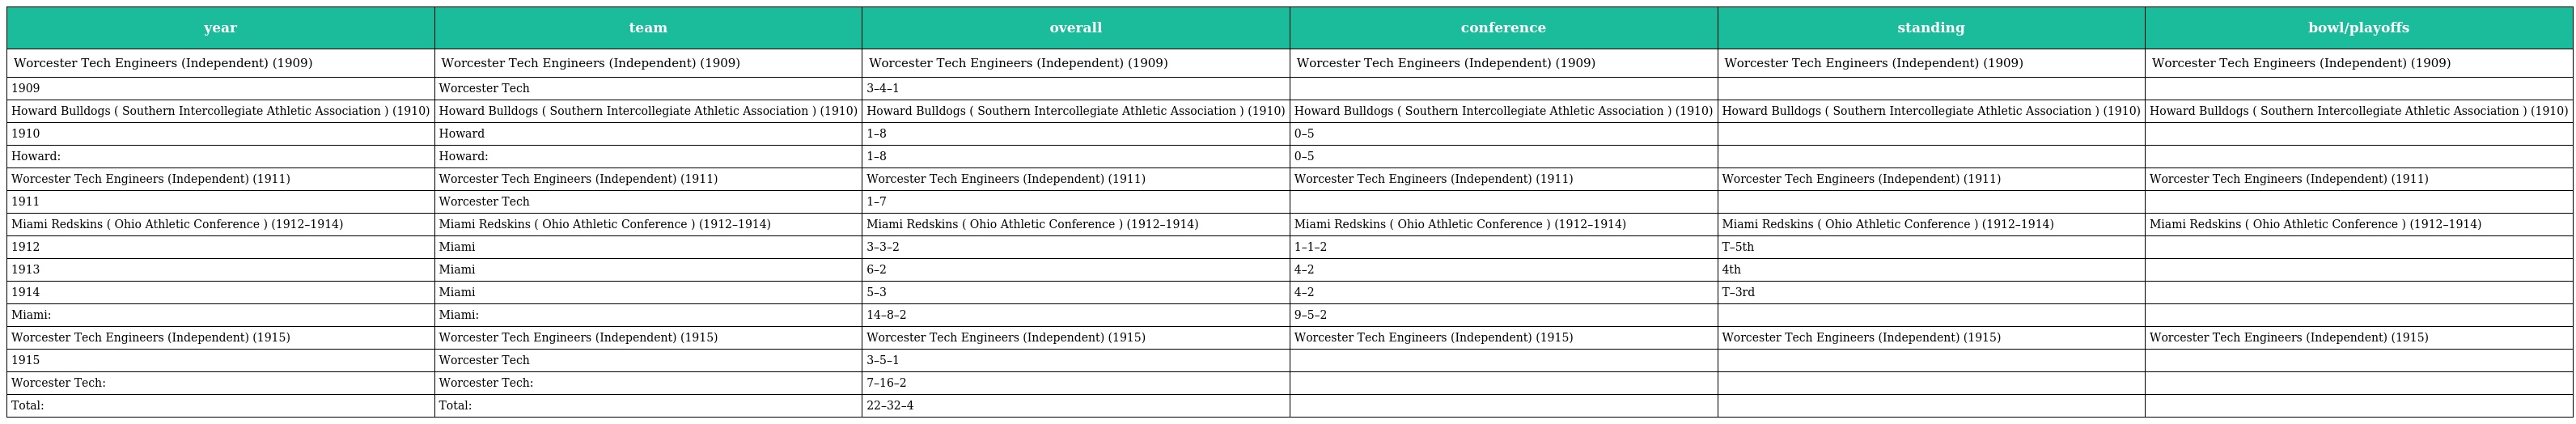
| year | team | overall | conference | standing | bowl/playoffs |
 | --- | --- | --- | --- | --- | --- |
 | Worcester Tech Engineers (Independent) (1909) | Worcester Tech Engineers (Independent) (1909) | Worcester Tech Engineers (Independent) (1909) | Worcester Tech Engineers (Independent) (1909) | Worcester Tech Engineers (Independent) (1909) | Worcester Tech Engineers (Independent) (1909) |
 | 1909 | Worcester Tech | 3–4–1 |  |  |  |
 | Howard Bulldogs ( Southern Intercollegiate Athletic Association ) (1910) | Howard Bulldogs ( Southern Intercollegiate Athletic Association ) (1910) | Howard Bulldogs ( Southern Intercollegiate Athletic Association ) (1910) | Howard Bulldogs ( Southern Intercollegiate Athletic Association ) (1910) | Howard Bulldogs ( Southern Intercollegiate Athletic Association ) (1910) | Howard Bulldogs ( Southern Intercollegiate Athletic Association ) (1910) |
 | 1910 | Howard | 1–8 | 0–5 |  |  |
 | Howard: | Howard: | 1–8 | 0–5 |  |  |
 | Worcester Tech Engineers (Independent) (1911) | Worcester Tech Engineers (Independent) (1911) | Worcester Tech Engineers (Independent) (1911) | Worcester Tech Engineers (Independent) (1911) | Worcester Tech Engineers (Independent) (1911) | Worcester Tech Engineers (Independent) (1911) |
 | 1911 | Worcester Tech | 1–7 |  |  |  |
 | Miami Redskins ( Ohio Athletic Conference ) (1912–1914) | Miami Redskins ( Ohio Athletic Conference ) (1912–1914) | Miami Redskins ( Ohio Athletic Conference ) (1912–1914) | Miami Redskins ( Ohio Athletic Conference ) (1912–1914) | Miami Redskins ( Ohio Athletic Conference ) (1912–1914) | Miami Redskins ( Ohio Athletic Conference ) (1912–1914) |
 | 1912 | Miami | 3–3–2 | 1–1–2 | T–5th |  |
 | 1913 | Miami | 6–2 | 4–2 | 4th |  |
 | 1914 | Miami | 5–3 | 4–2 | T–3rd |  |
 | Miami: | Miami: | 14–8–2 | 9–5–2 |  |  |
 | Worcester Tech Engineers (Independent) (1915) | Worcester Tech Engineers (Independent) (1915) | Worcester Tech Engineers (Independent) (1915) | Worcester Tech Engineers (Independent) (1915) | Worcester Tech Engineers (Independent) (1915) | Worcester Tech Engineers (Independent) (1915) |
 | 1915 | Worcester Tech | 3–5–1 |  |  |  |
 | Worcester Tech: | Worcester Tech: | 7–16–2 |  |  |  |
 | Total: | Total: | 22–32–4 |  |  |  |